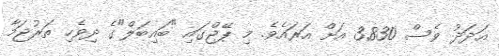
އަދަދު ވެސް 3